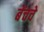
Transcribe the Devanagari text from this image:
बेंचचे